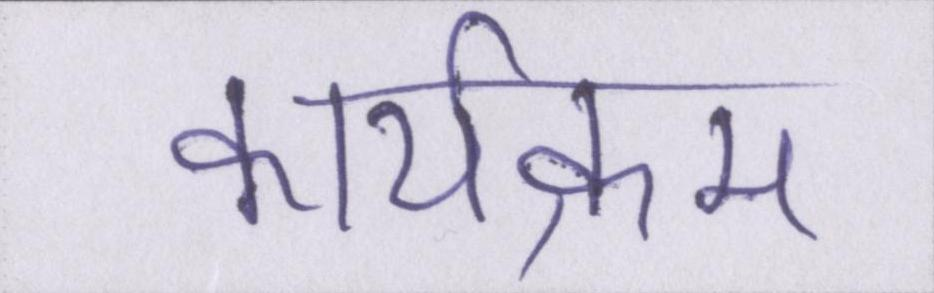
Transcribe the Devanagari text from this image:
कार्यक्रम